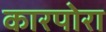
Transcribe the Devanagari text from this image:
कारपोरा